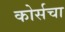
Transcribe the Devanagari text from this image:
कोर्सचा